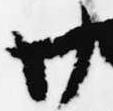
廿